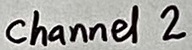
Text: channel 2